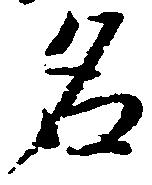
名